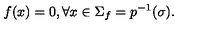
f ( x ) = 0 , \forall x \in \Sigma _ { f } = p ^ { - 1 } ( { \sigma } ) .